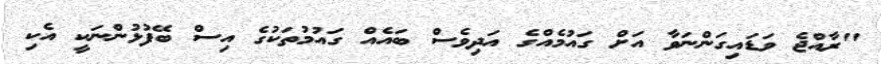
"ރާއްޖެ ވަޑައިގަންނަވާ އަށް ގައުމެއްގެ އަދިވެސް ބައެއް ގައުމުތަކުގެ އިސް ބޭފުޅުންނަކީ އެކި